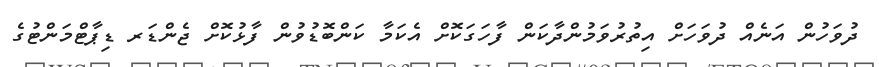
ދުވަހުން އަނެއް ދުވަހަށް އިތުރުވަމުންދާކަން ފާހަގަކޮށް އެކަމާ ކަންބޮޑުވުން ފާޅުކޮށް ޖެންޑަރ ޑިޕާޓްމަންޓުގެ